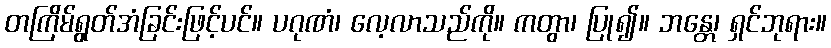
တကြိမ်ရွတ်အံခြင်းဖြင့်ပင်။ ပဂုဏံ၊ လေ့လာသည်ကို။ ကတွာ၊ ပြု၍။ ဘန္တေ၊ ရှင်ဘုရား။